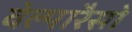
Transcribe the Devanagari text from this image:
वेल्पारैसो